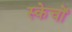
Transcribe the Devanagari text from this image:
स्केचों